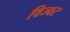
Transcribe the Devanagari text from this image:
विज्वर